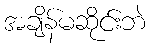
အချိန်မဆိုင်းဘဲ